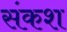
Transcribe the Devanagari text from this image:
संकश